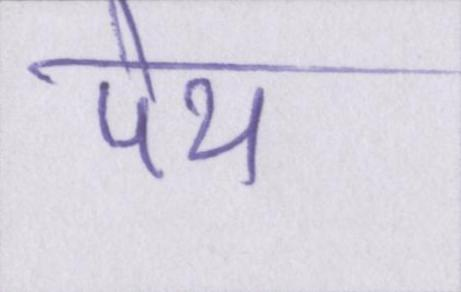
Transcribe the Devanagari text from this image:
पेय